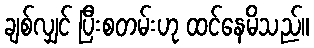
ချစ်လျှင် ပြီးစတမ်းဟု ထင်နေမိသည်။